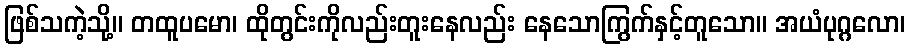
ဖြစ်သကဲ့သို့။ တထူပမော၊ ထိုတွင်းကိုလည်းတူးနေလည်း နေသောကြွက်နှင့်တူသော။ အယံပုဂ္ဂလော၊